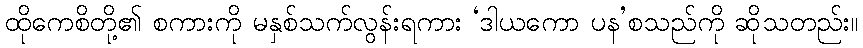
ထိုကေစိတို့၏ စကားကို မနှစ်သက်လွန်းရကား ‘ဒါယကော ပန’စသည်ကို ဆိုသတည်း။